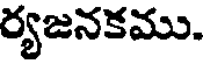
ర్యజనకము.